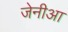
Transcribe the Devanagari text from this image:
जेनीआ